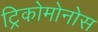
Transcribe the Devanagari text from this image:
ट्रिकोमोनोस